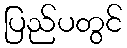
ပြည်ပတွင်